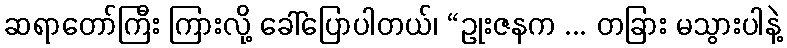
ဆရာတော်ကြီး ကြားလို့ ခေါ်ပြောပါတယ်၊ “ဥုးဇနက ... တခြား မသွားပါနဲ့